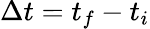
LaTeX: \Delta t=t_{f}-t_{i}